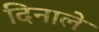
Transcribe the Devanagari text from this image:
दिनाले